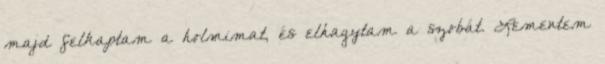
majd felkaptam a holmimat, és elhagytam a szobát. Lementem